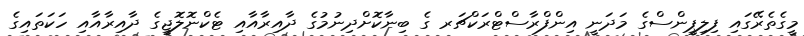
މީގެތެރޭގައި ފިލިޕީންސްގެ މަދަނީ އިންފްރާސްޓްރަކްޗަރ ގެ ބިނާކޮށްދިނުމުގެ ދާއިރާއާއި ޓެކްނޮލޮޖީގެ ދާއިރާއާއި ހަކަތައިގެ